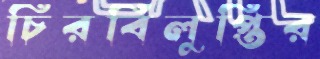
চিরবিলুপ্তির